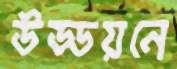
উড্ডয়নে